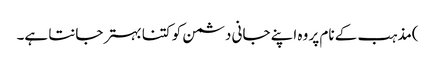
)مذہب کے نام پر وہ اپنے جانی دشمن کو کتنا بہتر جانتا ہے۔